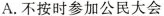
A. 不按时参加公民大会